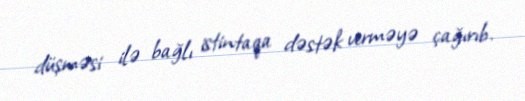
düşməsi ilə bağlı istintaqa dəstək verməyə çağırıb.